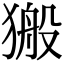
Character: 𤠍